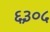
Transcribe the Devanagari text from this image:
६३०५